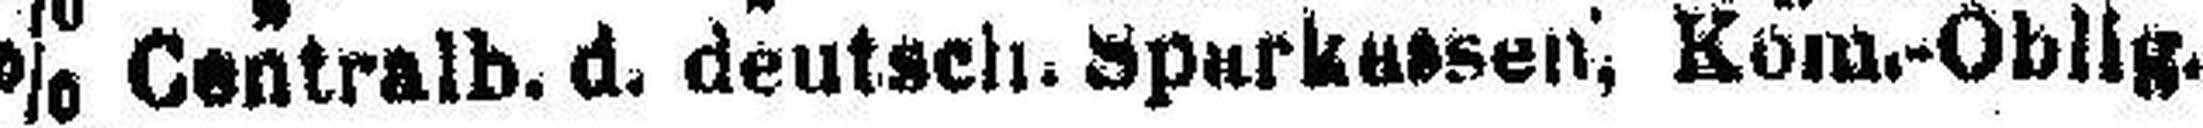
4% Centralb. d. deutsch. Sparkassen, Kom.-Oblig.